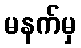
မနက်မှ